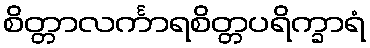
စိတ္တာလင်္ကာရစိတ္တပရိက္ခာရံ